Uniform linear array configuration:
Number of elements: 48
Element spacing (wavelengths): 0.5
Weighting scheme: binomial
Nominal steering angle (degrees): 0
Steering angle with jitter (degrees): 1.26
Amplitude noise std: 0.05
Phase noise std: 0.05

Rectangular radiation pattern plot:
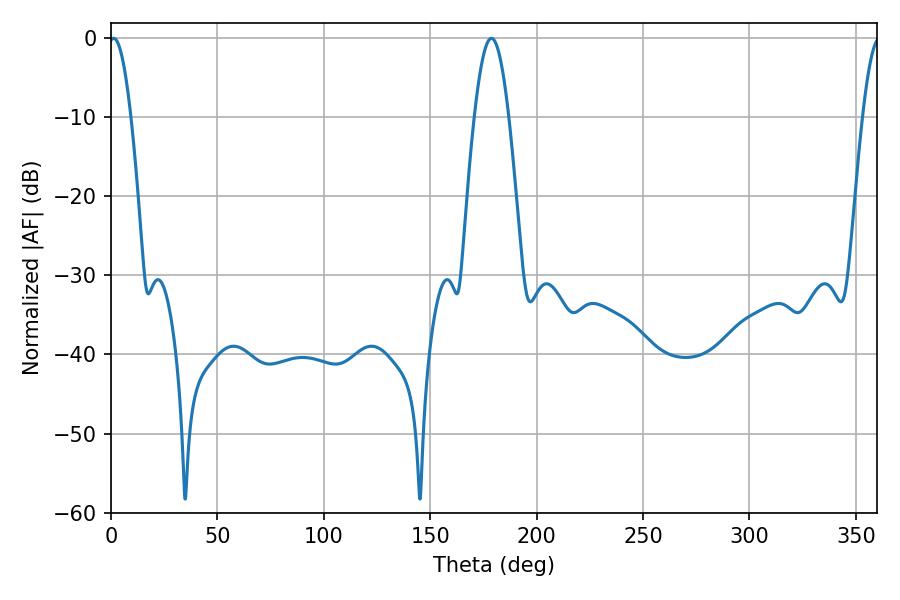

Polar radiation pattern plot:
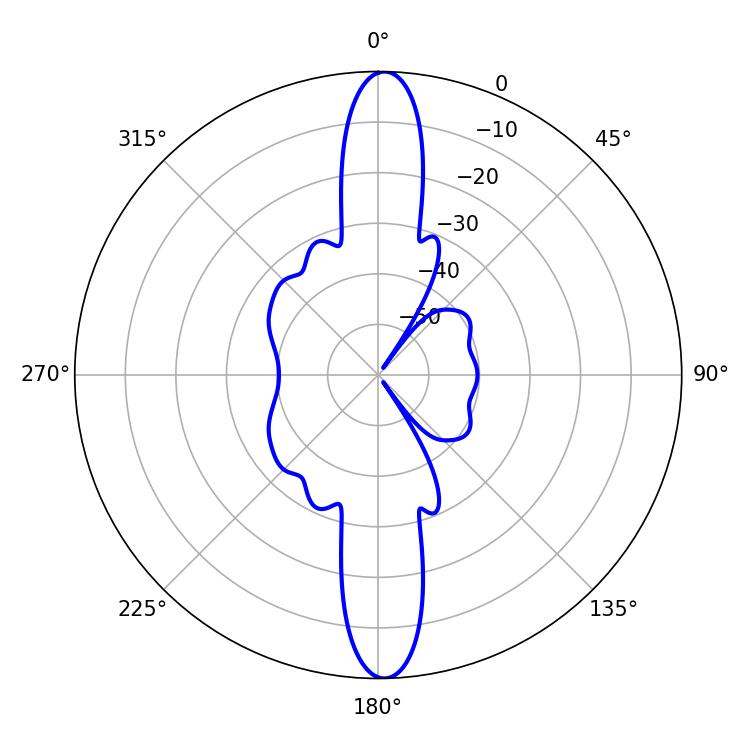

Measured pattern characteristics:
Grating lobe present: FALSE
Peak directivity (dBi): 24.725
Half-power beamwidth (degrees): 5.58
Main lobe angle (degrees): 1.26